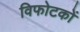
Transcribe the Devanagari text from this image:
विफोटकों